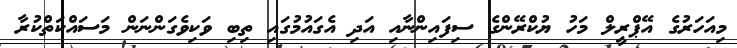
މިއަހަރުގެ އޭޕްރީލް މަހު ޔުކްރޭންގެ ސިފައިންނާއި އަދި އެގައުމުގައި ތިބި ވަކިވެގަންނަން މަސައްކަތްކުރާ